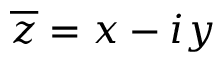
{ \overline { { z } } } = x - i y